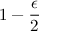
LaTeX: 1 - { \frac { \epsilon } { 2 } }